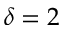
\delta = 2